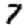
Digit: 7